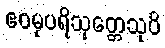
ဧဝမုပရိသုတ္တေသုပိ